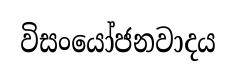
විසංයෝජනවාදය